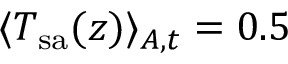
\langle T _ { \mathrm { s a } } ( z ) \rangle _ { A , t } = 0 . 5